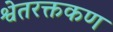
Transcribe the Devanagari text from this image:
श्वेतरक्तकण